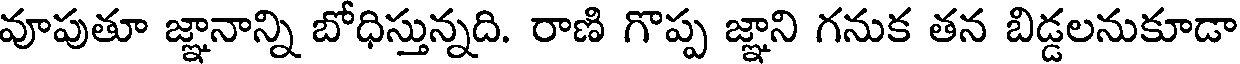
వూపుతూ జ్ఞానాన్ని బోధిస్తున్నది. రాణి గొప్ప జ్ఞాని గనుక తన బిడ్డలనుకూడా